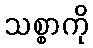
သစ္စာကို